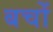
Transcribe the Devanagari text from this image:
बचों